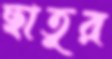
ছাতুর